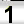
Digit: 1